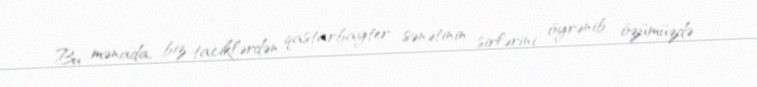
Bu mənada, biz taciklərdən qastarbayter sənətinin sirlərini öyrənib özümüzdə